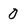
Character: 0